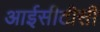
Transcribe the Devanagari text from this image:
आईसीटीसी